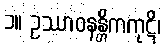
၁။ ဥဿာဝနန္တိကကုဋိ၊